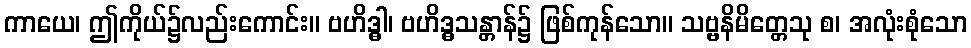
ကာယေ၊ ဤကိုယ်၌လည်းကောင်း။ ဗဟိဒ္ဓါ၊ ဗဟိဒ္ဓသန္တာန်၌ ဖြစ်ကုန်သော။ သဗ္ဗနိမိတ္တေသု စ၊ အလုံးစုံသော